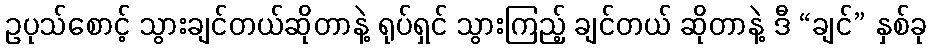
ဥပုသ်စောင့် သွားချင်တယ်ဆိုတာနဲ့ ရုပ်ရှင် သွားကြည့် ချင်တယ် ဆိုတာနဲ့ ဒီ “ချင်” နှစ်ခု